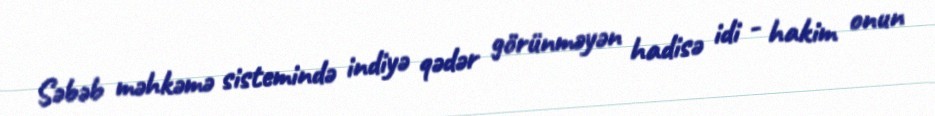
Səbəb məhkəmə sistemində indiyə qədər görünməyən hadisə idi - hakim onun